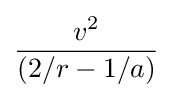
{\frac {v^{2}}{(2/r-1/a)}}